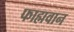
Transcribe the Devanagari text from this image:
फाह्मवान